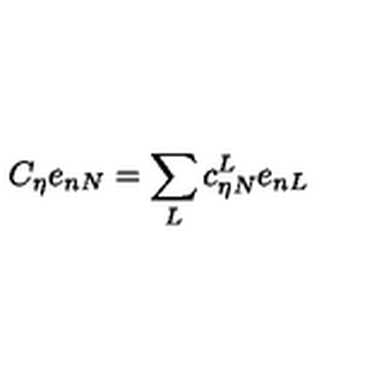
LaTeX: C _ { \eta } e _ { n N } = \sum _ { L } c _ { \eta N } ^ { L } e _ { n L }